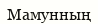
Мамунның